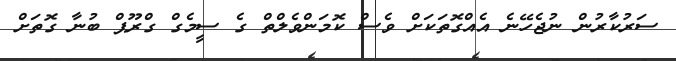
ސަރުކާރުން ނުޖެހޭނެ އެއްގޮތަކަށް ވެސް ކޮމަންވެލްތް ގެ ސީމެގް ގްރޫޕް ބުނާ ގޮތަށް